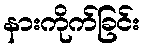
နားကိုက်ခြင်း